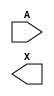
module sky130_fd_sc_hs__dlymetal6s4s (
    //# {{data|Data Signals}}
    input  A,
    output X
);

    // Voltage supply signals
    supply1 VPWR;
    supply0 VGND;

endmodule